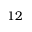
1 2